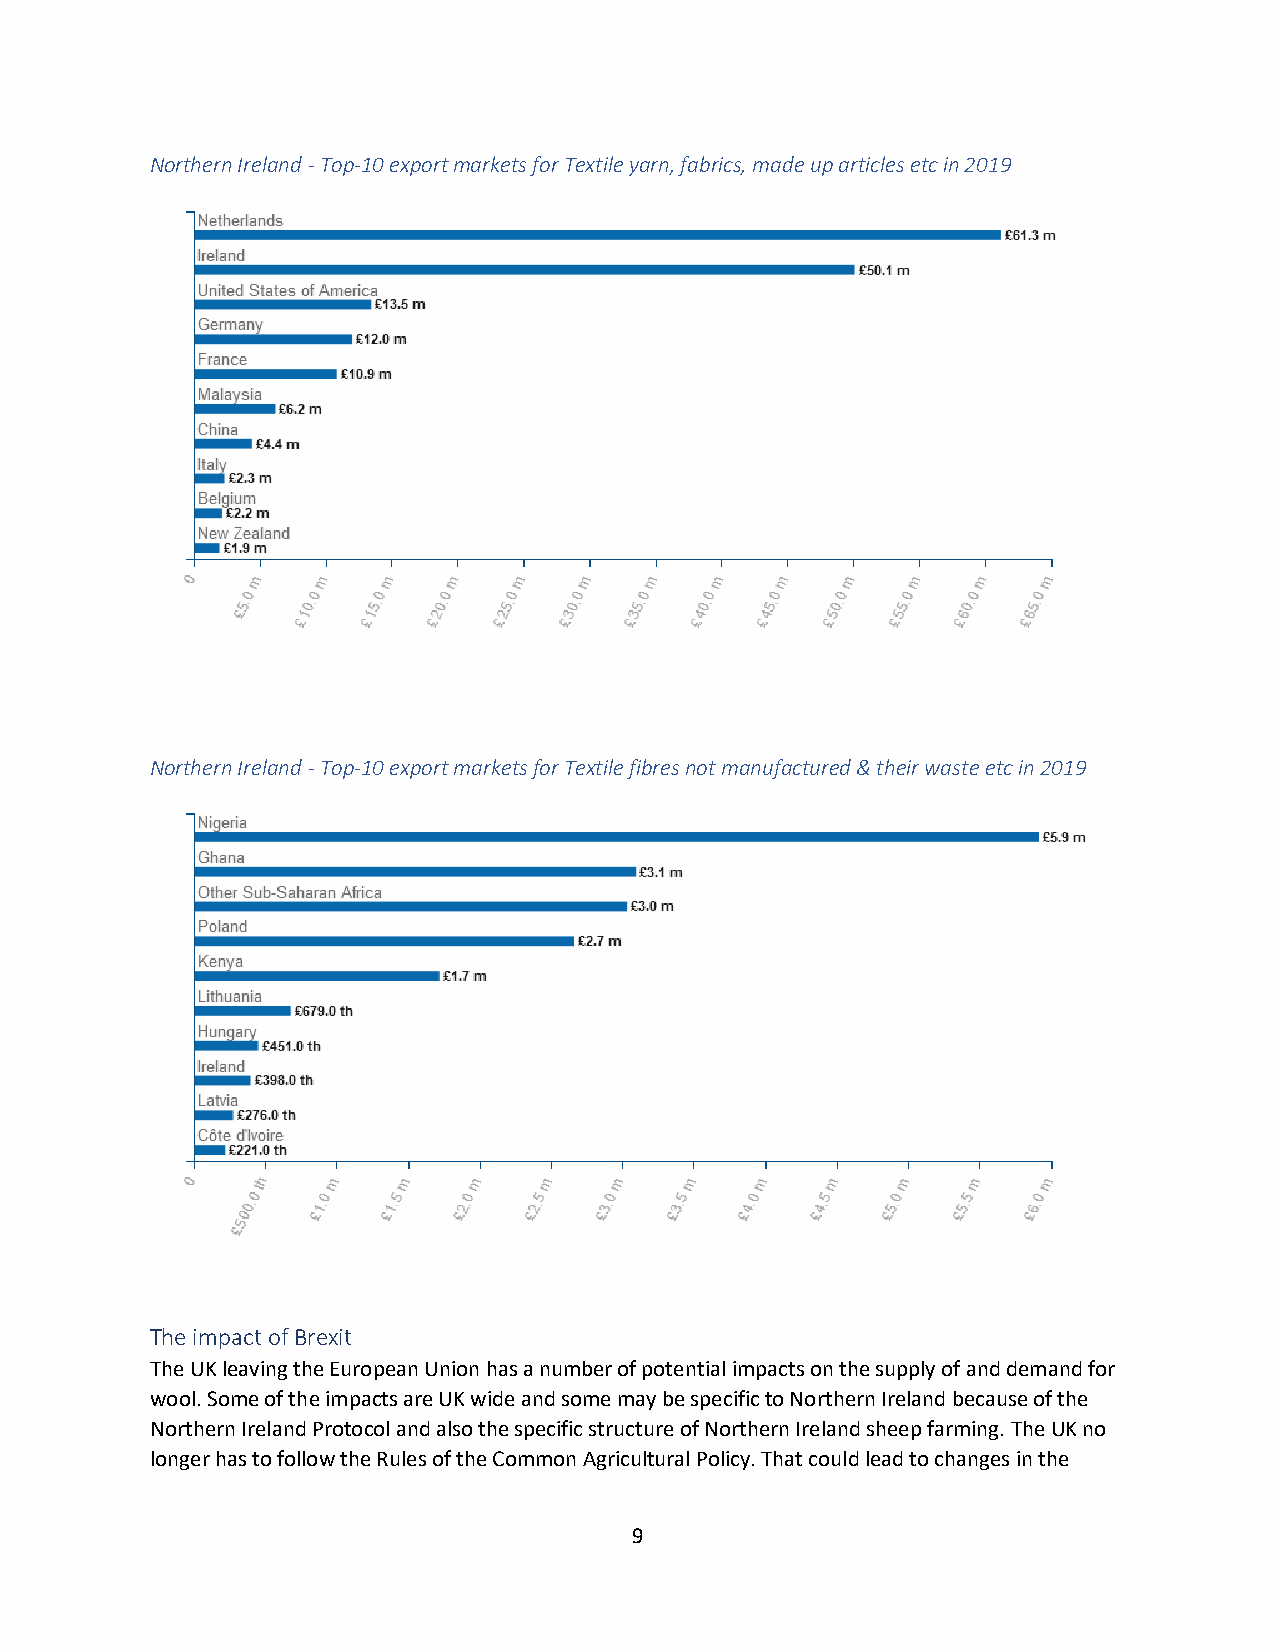
Northern Ireland - Top-10 export markets for Textile yarn, fabrics, made up articles etc in 2019
 Northern Ireland - Top-10 export markets for Textile fibres not manufactured & their waste etc in 2019
 The impact of Brexit
 The UK leaving the European Union has a number of potential impacts on the supply of and demand for
 wool. Some of the impacts are UK wide and some may be specific to Northern Ireland because of the
 Northern Ireland Protocol and also the specific structure of Northern Ireland sheep farming. The UK no
 longer has to follow the Rules of the Common Agricultural Policy. That could lead to changes in the
 9